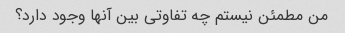
من مطمئن نیستم چه تفاوتی بین آنها وجود دارد؟